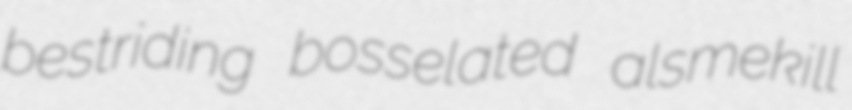
bestriding bosselated alsmekill